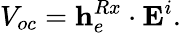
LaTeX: V_{oc}={\mathbf h}_{e}^{Rx}\cdot{\mathbf E}^{i}.